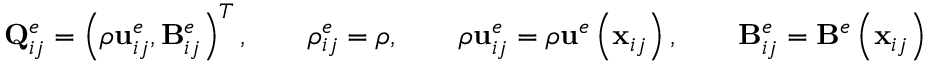
\mathbf { Q } _ { i j } ^ { e } = \left( \rho \mathbf { { u } } _ { i j } ^ { e } , \mathbf { B } _ { i j } ^ { e } \right) ^ { T } , \qquad \rho _ { i j } ^ { e } = \rho , \qquad \rho \mathbf { { u } } _ { i j } ^ { e } = \rho \mathbf { u } ^ { e } \left( \mathbf { x } _ { i j } \right) , \qquad \mathbf { B } _ { i j } ^ { e } = \mathbf { B } ^ { e } \left( \mathbf { x } _ { i j } \right)